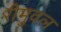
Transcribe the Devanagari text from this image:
रीमुवल